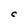
Character: C